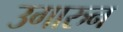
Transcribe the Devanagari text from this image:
उगारुन